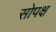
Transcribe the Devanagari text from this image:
सोपक्ष